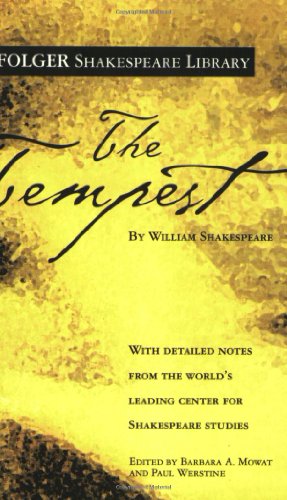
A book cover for The Tempest (Folger Shakespeare Library); William Shakespeare; Literature & Fiction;